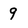
Character: 9